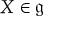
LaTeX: X \in { \mathfrak { g } }